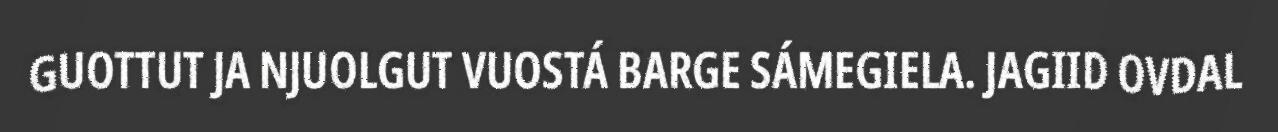
GUOTTUT JA NJUOLGUT VUOSTÁ BARGE SÁMEGIELA. JAGIID OVDAL